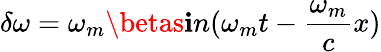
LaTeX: \delta\omega=\omega_{m}\betas\mathbf{i}n(\omega_{m}t-\frac{{\omega_{m}}}{{c}}x)